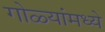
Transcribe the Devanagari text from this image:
गोळ्यांमध्ये